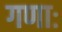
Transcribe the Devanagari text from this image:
गणाः